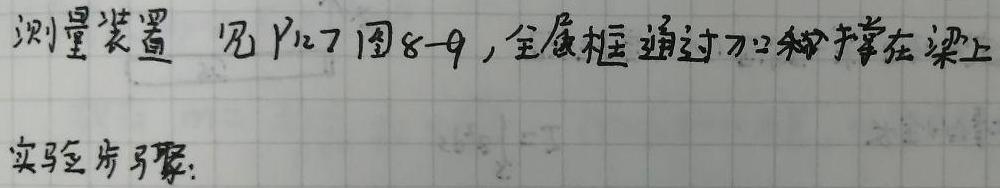
测量装置 见P127图8 - 9，金属框通过刀口支撑在梁上
实验步骤：